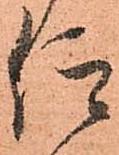
仰